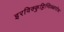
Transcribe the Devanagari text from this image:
इरविक्कुट्टिप्पिळ्ळपोरू